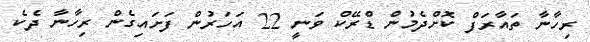
ރިހާނާ ތައާރަފް ކޮށްދެމުން ޑްރޭކް ވަނީ 22 އަހަރުން ފަށައިގެން ރިހާނާ ދެކެ